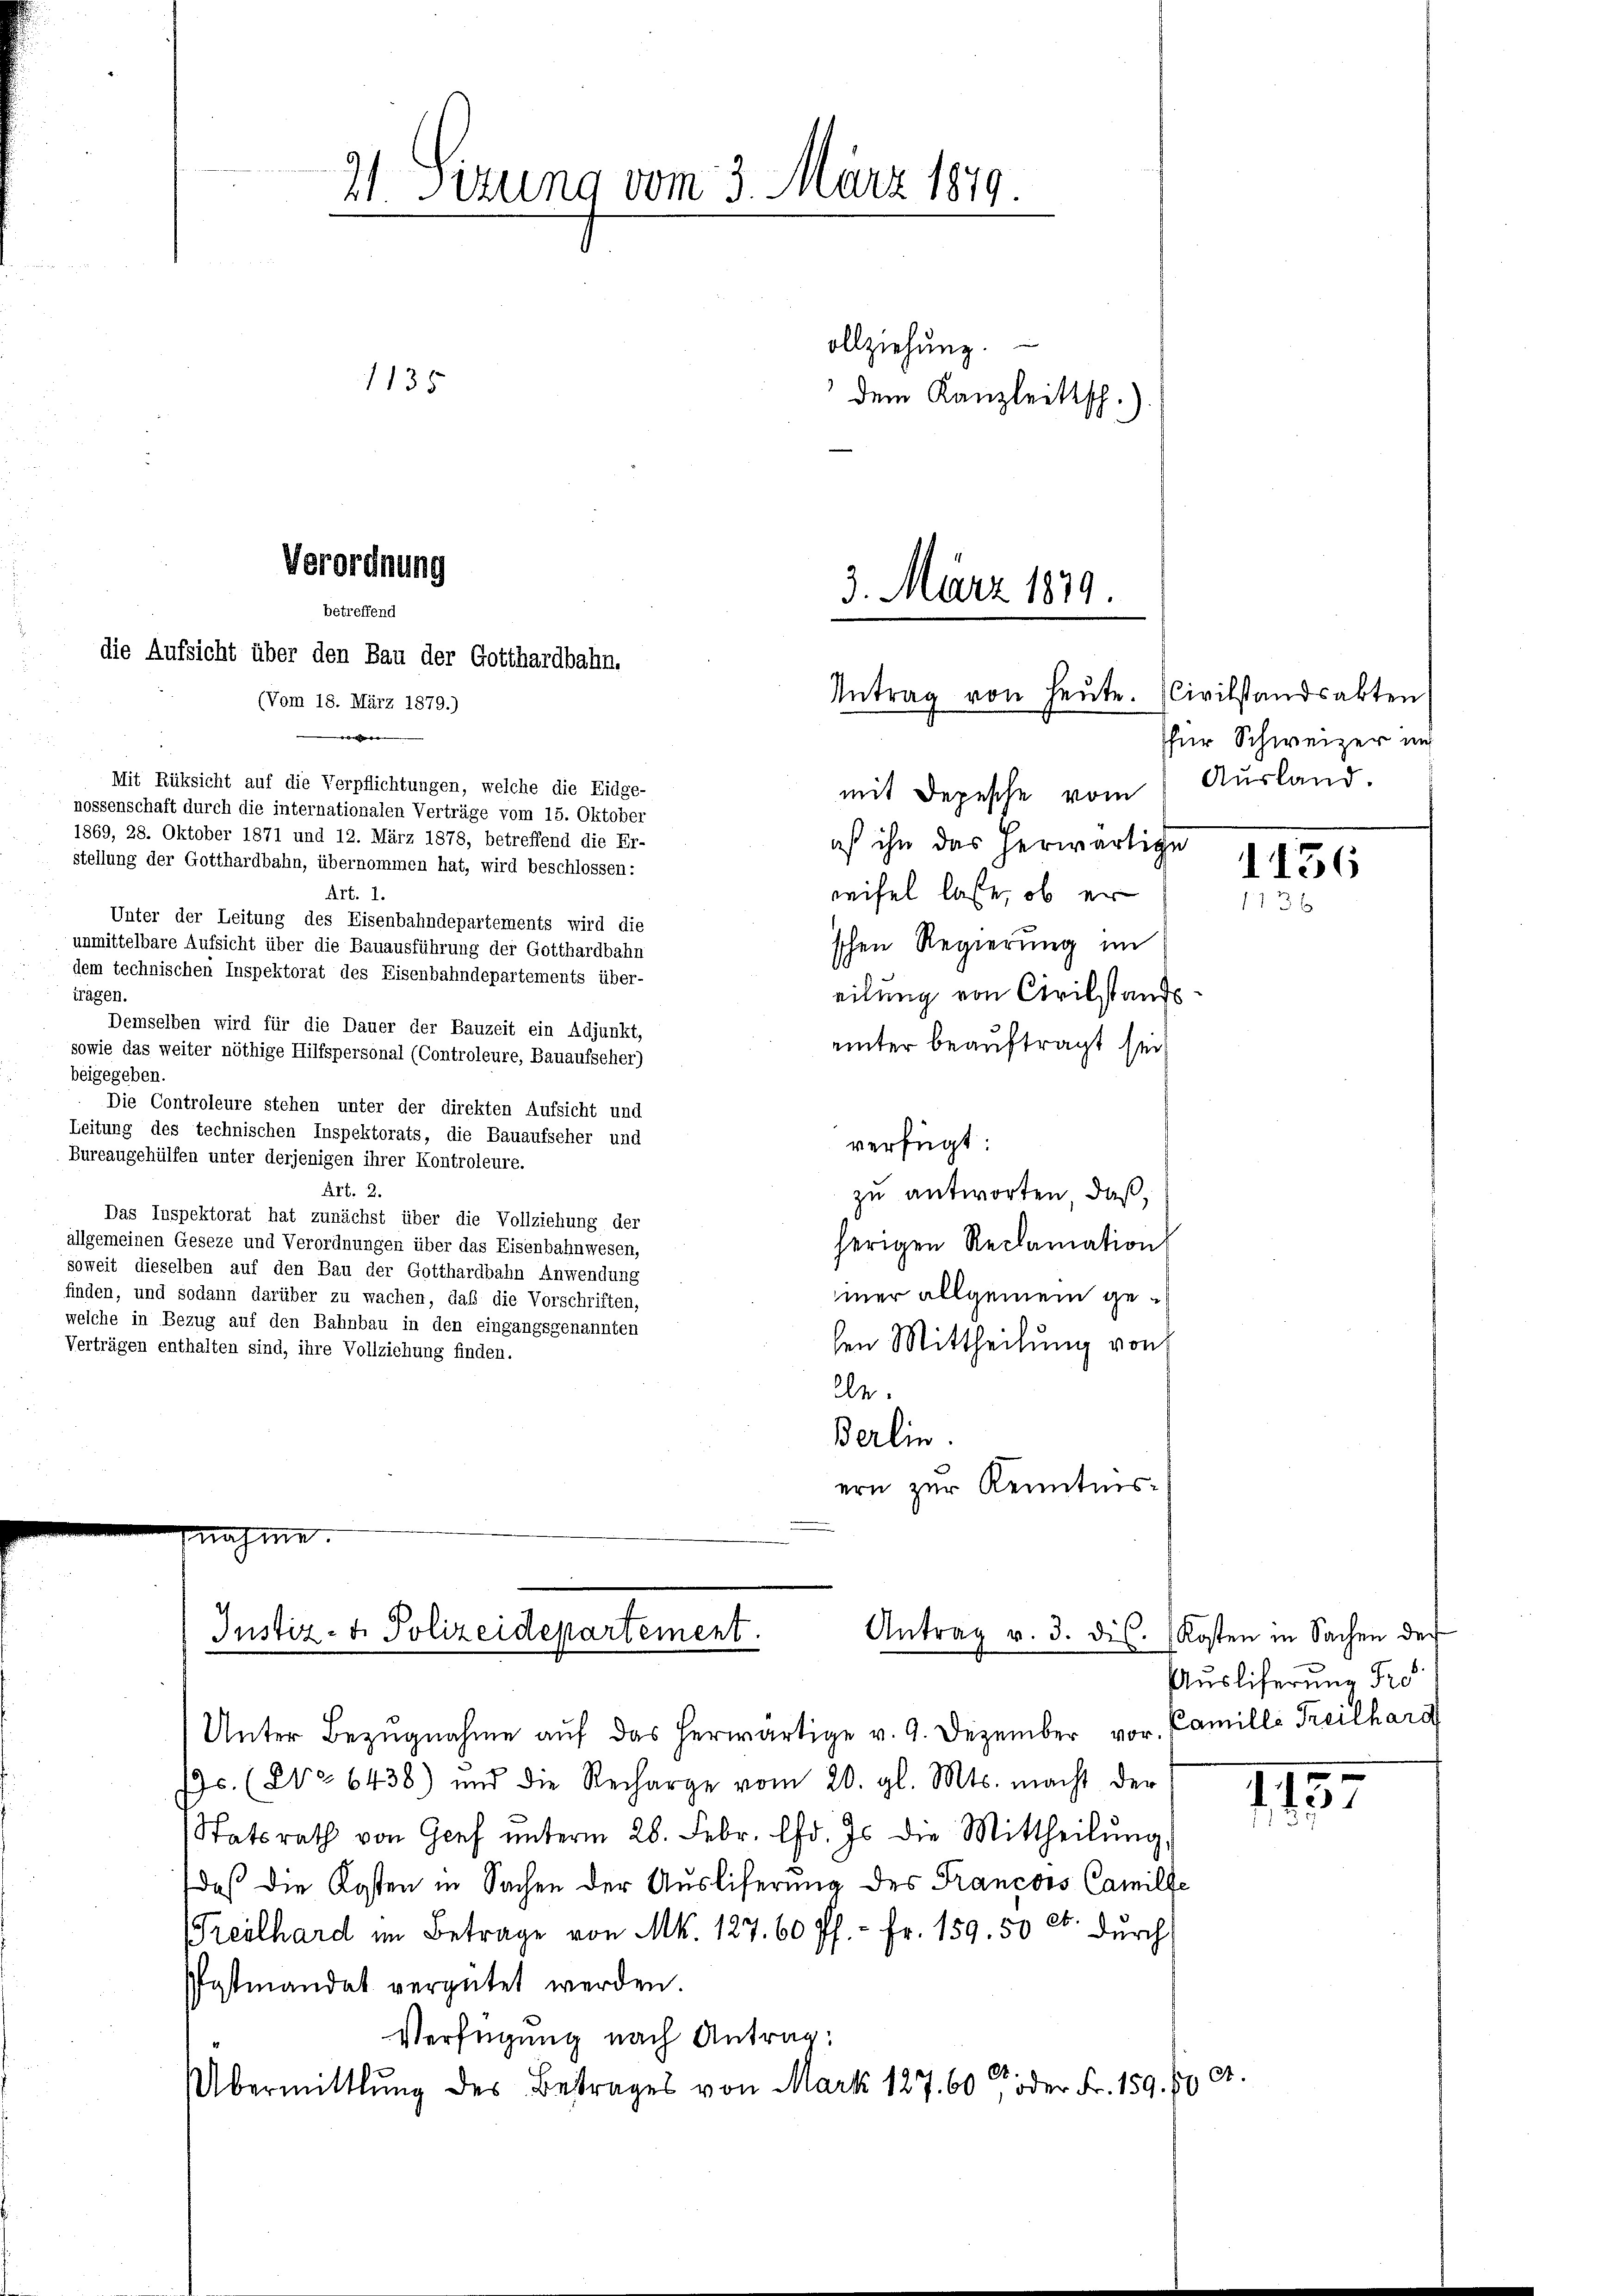
die Aufsicht über den Bau der Gotthardbahn,
(Vom 18. März 1879.)
e
Mit Rüksicht auf die Verpflichtungen, welche die Eidge-
nossenschaft durch die internationalen Verträge vom 15. Oktober
1869, 28. Oktober 1871 und 12. März 1878, betreffend die Er-
stellung der Gotthardbahn, übernommen hat, wird beschlossen:
Art. 1.
Unter der Leitung des Eisenbahndepartements wird die
unmittelbare Aufsicht über die Bauausführung der Gotthardbahn
dem technischen Inspektorat des Eisenbahndepartements über-
iragen.
Demselben wird für die Dauer der Bauzeit ein Adjunkt,
sowie das weiter nöthige Hilfspersonal (Controleure, Bauaufseher)
beigegeben.
Die Controleure stehen unter der direkten Aufsicht und
Leitung des technischen Inspektorats, die Bauaufseher und
Bureaugehülfen unter derjenigen ihrer Kontroleure.
Art. 2.
Das Inspektorat hat zunächst über die Vollziehung der
allgemeinen Geseze und Verordnungen über das Eisenbahnwesen,
soweit dieselben auf den Bau der Gotthardbahn Anwendung
finden, und sodann darüber zu wachen, daß die Vorschriften,
welche in Bezug auf den Bahnbau in den eingangsgenannten
Verträgen enthalten sind, ihre Vollziehung finden.

2/ Sizung vom 3. März 1879.
ollziehung.
1135
dem Kanzleitsch.)

Verordnung
betreffend

n

3. März 1879
Antrag von heute. Civilstandsakten

mit Depesche vom Ausland.
as ihn das herwärtige
weifel lasse, ob er
'schen Regierung im
eilung von Civilstands
unter beauftragt sei
verfügt:
zu antworten, daß,
herigen Reclamation
mner allgemein gelen Mittheilung von
lle.
Berlin.
ern zur Kenntnis¬

Justiz- & Polizeidepartement.
Antrag v. 3. dis. Kosten in Sachen der

für Schweizer und

Unter Bezŭgnahme aŭf das herwärtige v. 9. Dezember vor. Camille Freilhard
9c. (2. 6438) und die Recharge vom 20. gl. Mts. macht der
Statsrath von Genf ŭnterm 26. Febr. lfd. Js. die Mittheilŭng,
daß die Kosten in Sachen der Ausliferung des Francors Camille
reilhard im Betrage von Mk. 127. 60 Pf. - Fr. 159. 50 Ct. durch
Postmandat vergütet werden.
Verfügung nach Antrag:
t.
et.
Übermittlung des Bestrages von Mark 127. 60 oder Fr. 159. 60

1136
1136

Auslieferung Fr

1757